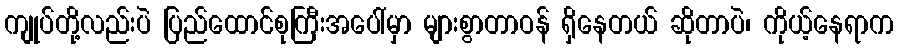
ကျုပ်တို့လည်းပဲ ပြည်ထောင်စုကြီးအပေါ်မှာ များစွာတာဝန် ရှိနေတယ် ဆိုတာပဲ၊ ကိုယ့်နေရာက